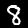
Digit: 8